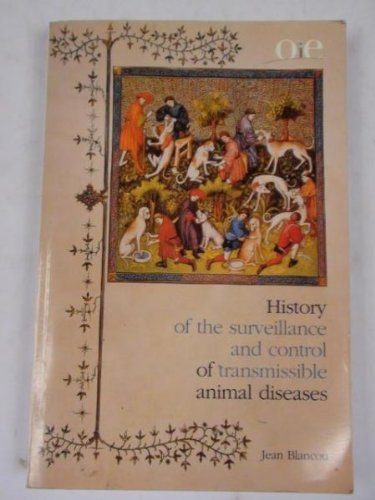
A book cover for History of the Surveillance and Control of Transmissible Animal Diseases; Jean Blancou; Medical Books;